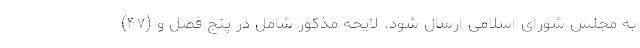
به مجلس شورای اسلامی ارسال شود. لایحه مذکور شامل در پنج فصل و (۴۷)